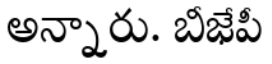
అన్నారు. బీజేపీ